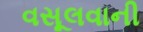
વસૂલવાની